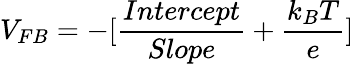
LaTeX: V_{FB}=-[\frac{Intercept}{Slope}+\frac{k_{B}T}{e}]